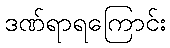
ဒဏ်ရာရကြောင်း